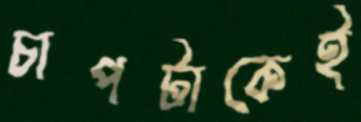
চাপটাকেই